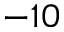
- 1 0